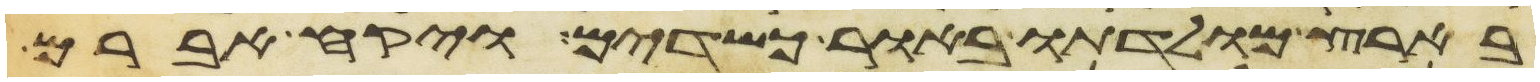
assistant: בארץ מולדתו באור כשדים ויקח אברם